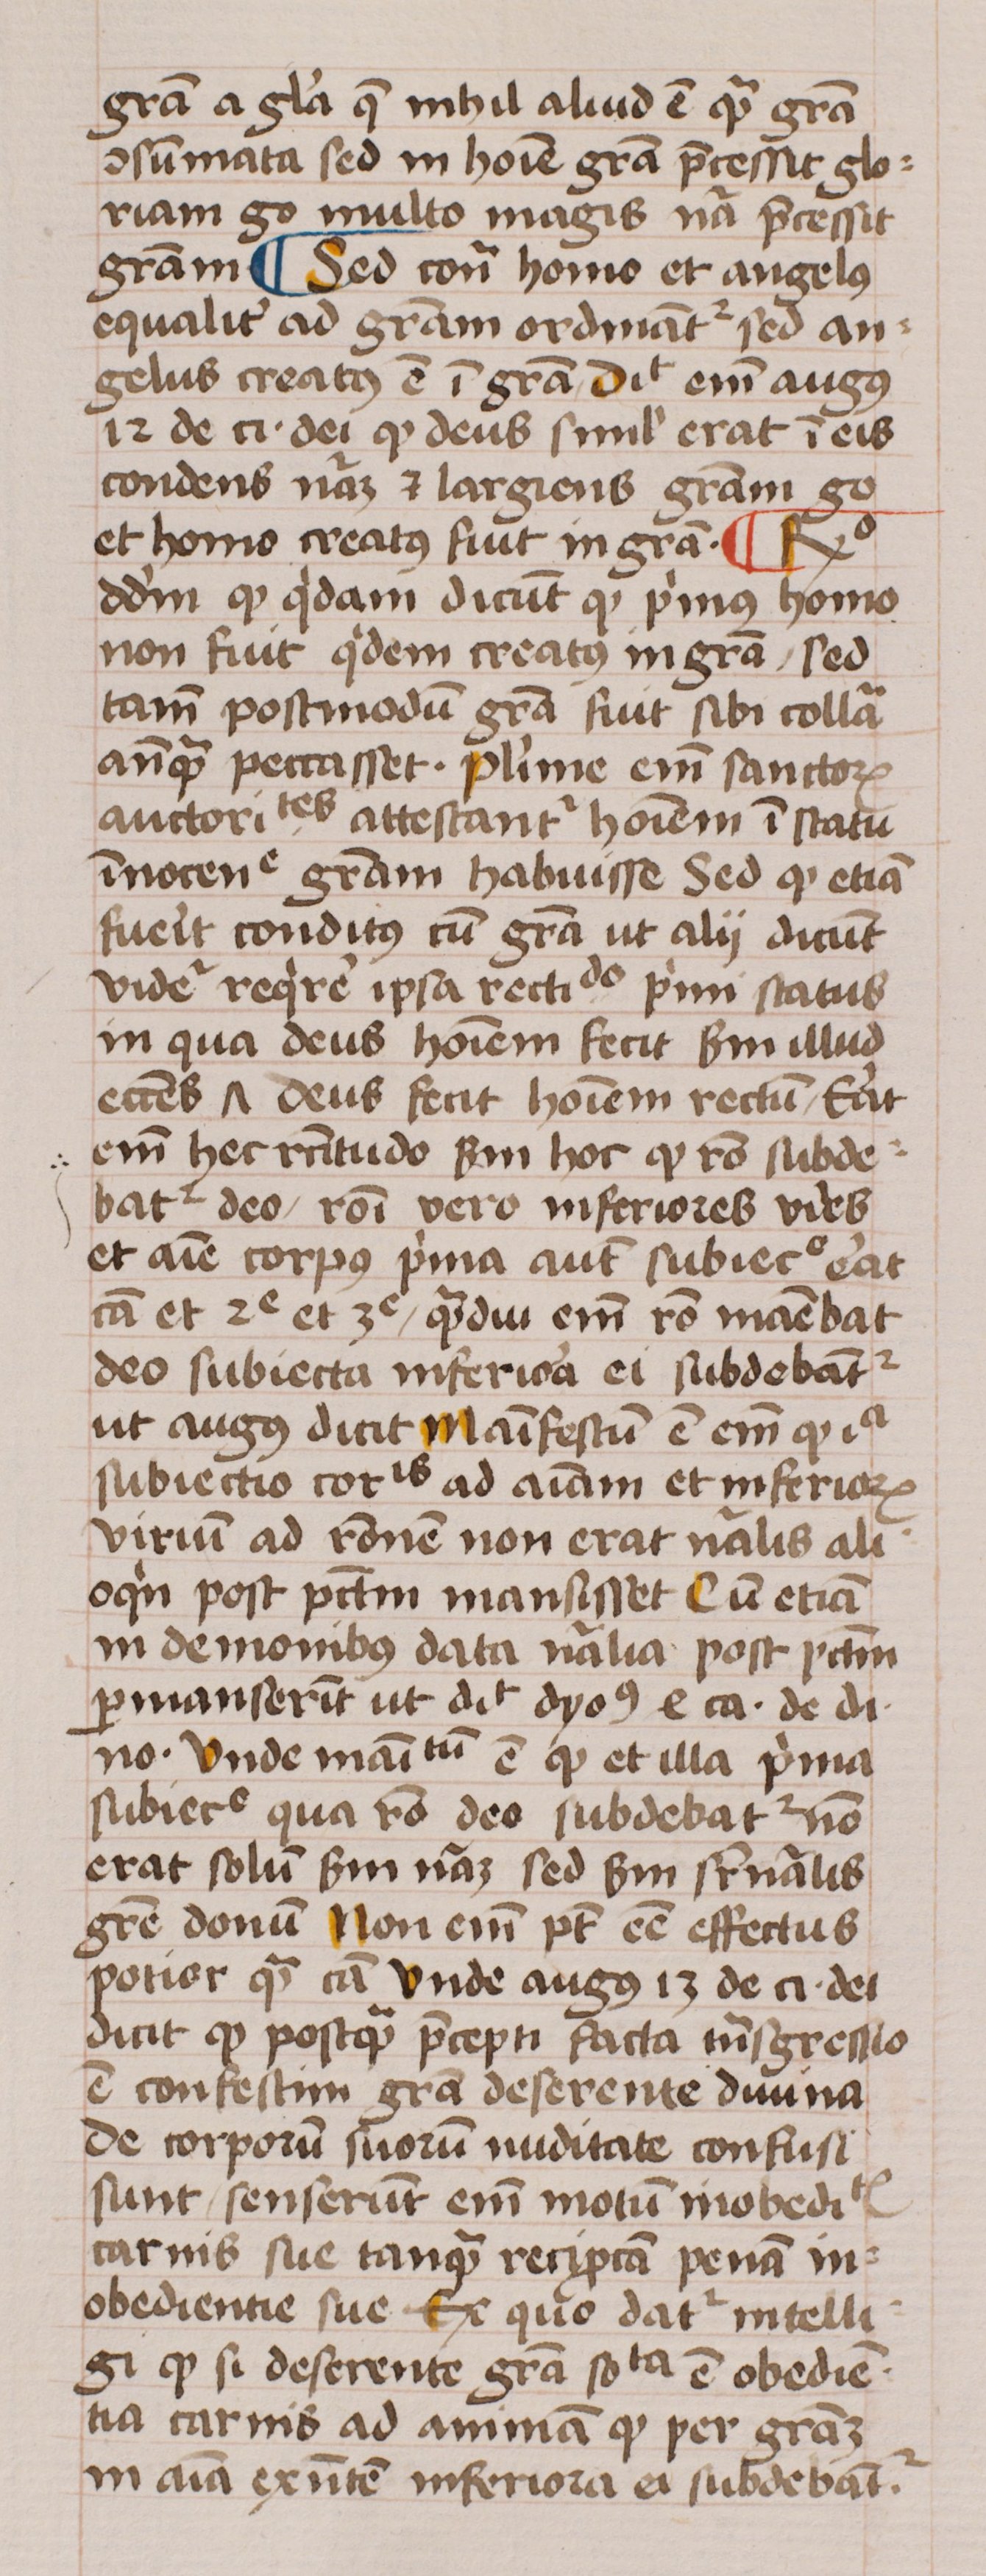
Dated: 1450–1474